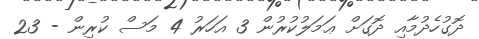
ދޮގުހެދުމާއި ދޮގަށް ޢަމަލުކުރުން 3 އަހަރު 4 މަސް ކުރިން - 23